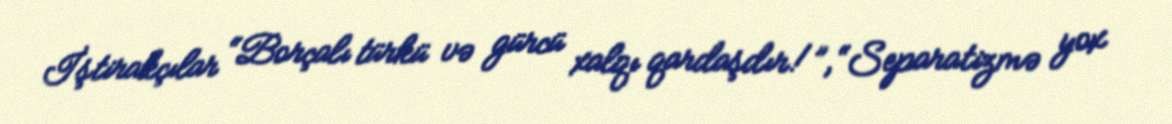
İştirakçılar “Borçalı türkü və gürcü xalqı qardaşdır!”, “Separatizmə yox